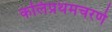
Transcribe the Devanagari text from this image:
कलिप्रथमचरणे